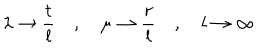
\lambda \to \frac { t } { l } \quad , \quad \mu \to \frac { r } { l } \quad , \quad l \to \infty